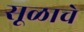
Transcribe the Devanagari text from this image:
सूळाचे